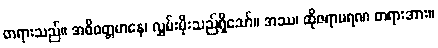
တရားသည်။ အဓိဝတ္တမာနေ၊ လွှမ်းမိုးသည်ရှိသော်။ အဿ၊ ထိုဇရာမရဏ တရားအား။